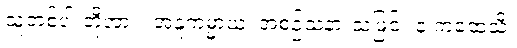
သူတစ်ပါးတို့အား။ အနူကမ္မာယ၊ အစဉ်သနားသဖြင့်။ န ကထေသိ၊